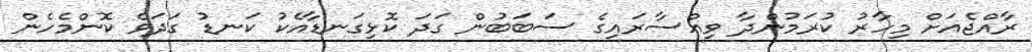
ރާއްޖެއަށް މިހާރު ކުރަމުންދާ ވިއްސާރައިގެ ސަބަބުން ގަދަ ކޮޅިގަނޑާއެކު ކަނޑު ގަދަވެ ކޮންމެހެން